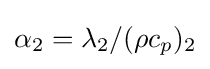
\alpha _{2}=\lambda _{2}/(\rho c_{p})_{2}